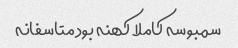
سمبوسه کاملا کهنه بود متاسفانه